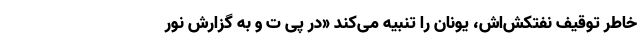
خاطر توقیف نفتکش‌اش، یونان را تنبیه می‌کند «در پی ت و به گزارش نور